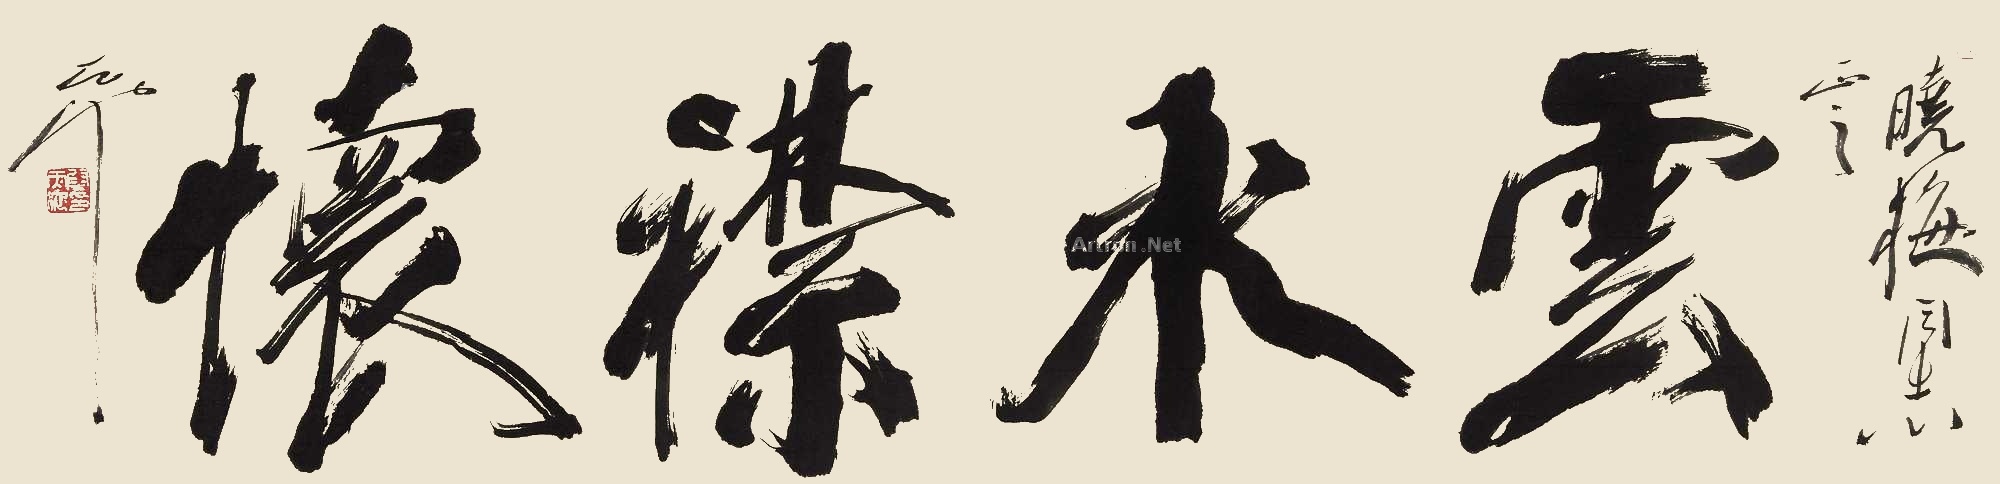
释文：云水襟怀晓梅同志正之，天池。